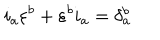
i _ { a } \varepsilon ^ { b } + \varepsilon ^ { b } i _ { a } = \delta _ { a } ^ { b }